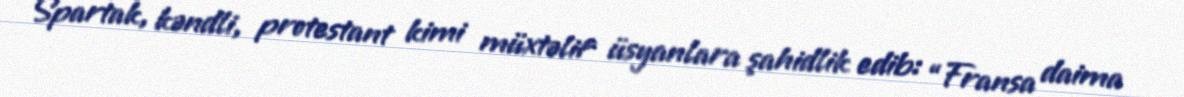
Spartak, kəndli, protestant kimi müxtəlif üsyanlara şahidlik edib: “Fransa daima